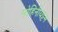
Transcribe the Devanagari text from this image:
मोहिनीयट्टम